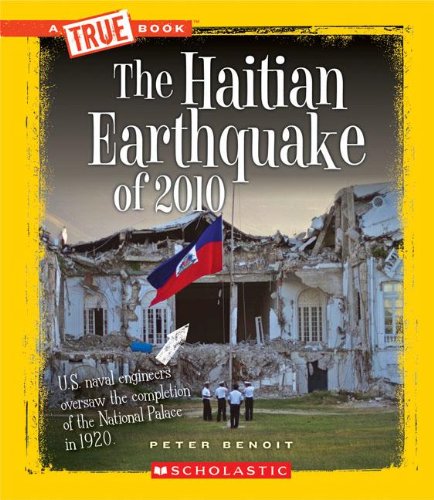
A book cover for The Haitian Earthquake of 2010 (True Books: Disasters); Peter Benoit; Children's Books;